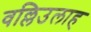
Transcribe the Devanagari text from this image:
वल्लिउलाह